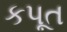
કપૂત